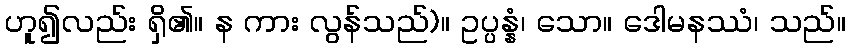
ဟူ၍လည်း ရှိ၏။ န ကား လွန်သည်)။ ဥပ္ပန္နံ၊ သော။ ဒေါမနဿံ၊ သည်။